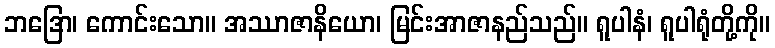
ဘဒြော၊ ကောင်းသော။ အဿာဇာနိယော၊ မြင်းအာဇာနည်သည်။ ရူပါနံ၊ ရူပါရုံတို့ကို။